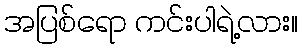
အပြစ်ရော ကင်းပါရဲ့လား။